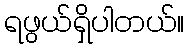
ရဖွယ်ရှိပါတယ်။